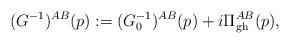
LaTeX: \begin{align*}(G^{-1})^{AB}(p) := (G_0^{-1})^{AB}(p) + i \Pi_{\rm gh}^{AB}(p) ,\end{align*}